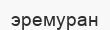
эремуран